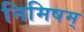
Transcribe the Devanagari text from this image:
निमिषम्